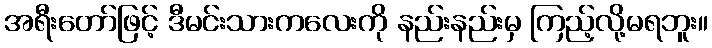
အရီးတော်ဖြင့် ဒီမင်းသားကလေးကို နည်းနည်းမှ ကြည့်လို့မရဘူး။